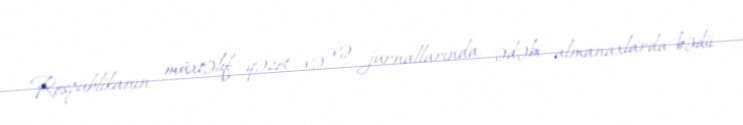
Respublikanın müxtəlif qəzet və və jurnallarında, ədəbi almanaxlarda bədii